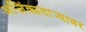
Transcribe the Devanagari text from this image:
अजिंक्यतार्‍यावर